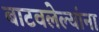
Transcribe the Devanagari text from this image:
बाटवलेल्यांना